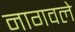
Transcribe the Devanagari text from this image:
नागवले